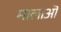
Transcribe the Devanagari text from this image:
मालाऒं